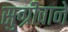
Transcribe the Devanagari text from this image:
सुग्रीवाने